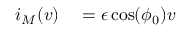
\begin{array} { r l } { i _ { M } ( v ) } & { { } = \epsilon \cos ( \phi _ { 0 } ) v } \end{array}